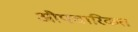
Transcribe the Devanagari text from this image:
औपचारिकत